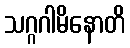
သဂ္ဂဂါမိနောတိ